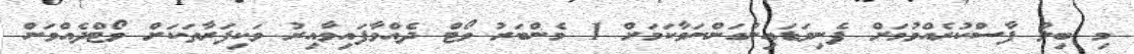
މި ބިލު ފާސްކުރެއްވުމަށް ފެނިވަޑައިނުގަންނަވާކަމަށް 1 މެންބަރު ވޯޓް ދެއްވާފައިވާއިރު ވަކިފަރާތަކަށް ވޯޓްދެއްވަން